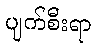
ပျက်စီးရာ